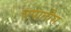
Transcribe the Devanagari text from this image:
चपातीस